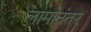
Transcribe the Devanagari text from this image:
लामांनंतर